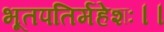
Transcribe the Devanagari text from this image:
भूतपतिर्महेशः।।